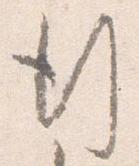
行